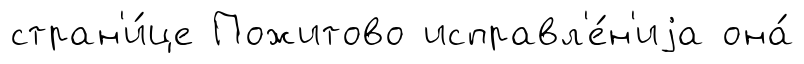
стран'и́це Пожитово исправл'е́н'иjа она́